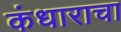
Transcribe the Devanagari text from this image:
कंधाराचा